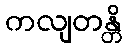
ကလျတန္တိ